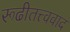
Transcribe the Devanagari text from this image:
रूढीतत्त्ववाद